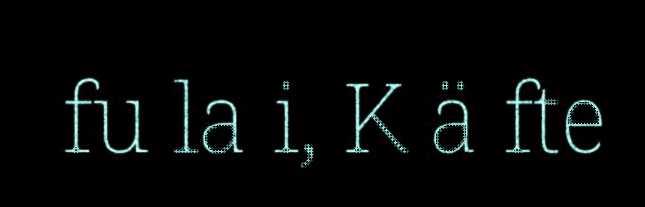
fu la i, K ä fte